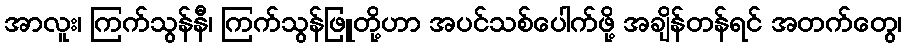
အာလူး၊ ကြက်သွန်နီ၊ ကြက်သွန်ဖြူတို့ဟာ အပင်သစ်ပေါက်ဖို့ အချိန်တန်ရင် အတက်တွေ၊